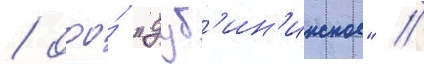
/ ооо́ "дуб'ин'инское" //